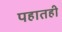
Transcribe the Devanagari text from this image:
पहातही